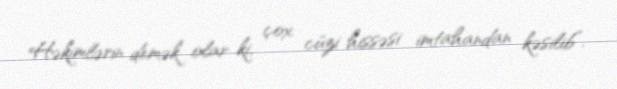
Həkimlərin demək olar ki, çox cüzi hissəsi imtahandan kəsilib”.